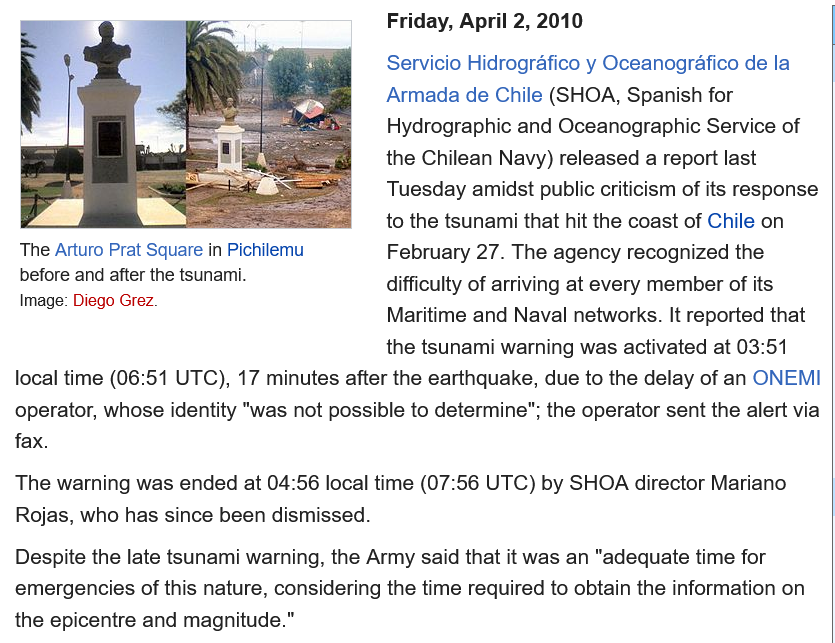
Friday, April 2, 2010
     Servicio Hidrografico y Oceanografico de la
     Armada  de Chile (SHOA, Spanish for
     Hydrographic and Oceanographic Service of
     the Chilean Navy) released a report last
     Tuesday amidst public criticism of its response
     to the tsunami that hit the coast of Chile on
     February 27. The agency recognized the
     difficulty of arriving at every member of its
     Maritime and Naval networks. It reported that
     the tsunami warning was activated at 03:51
  local time (06:51 UTC), 17 minutes after the earthquake, due to the delay of an ONEMI
  operator, whose identity "was not possible to determine"; the operator sent the alert via
  fax.
  The warning was ended at 04:56 local time (07:56 UTC) by SHOA director Mariano
  Rojas, who has since been dismissed.
  Despite the late tsunami warning, the Army said that it was an "adequate time for
  emergencies of this nature, considering the time required to obtain the information on
  the epicentre and magnitude."
  The Arturo Prat Square in Pichilemu
  before and after the tsunami.
  Image: Diego Grez.